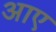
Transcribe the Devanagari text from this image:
अाए